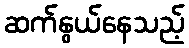
ဆက်နွယ်နေသည့်